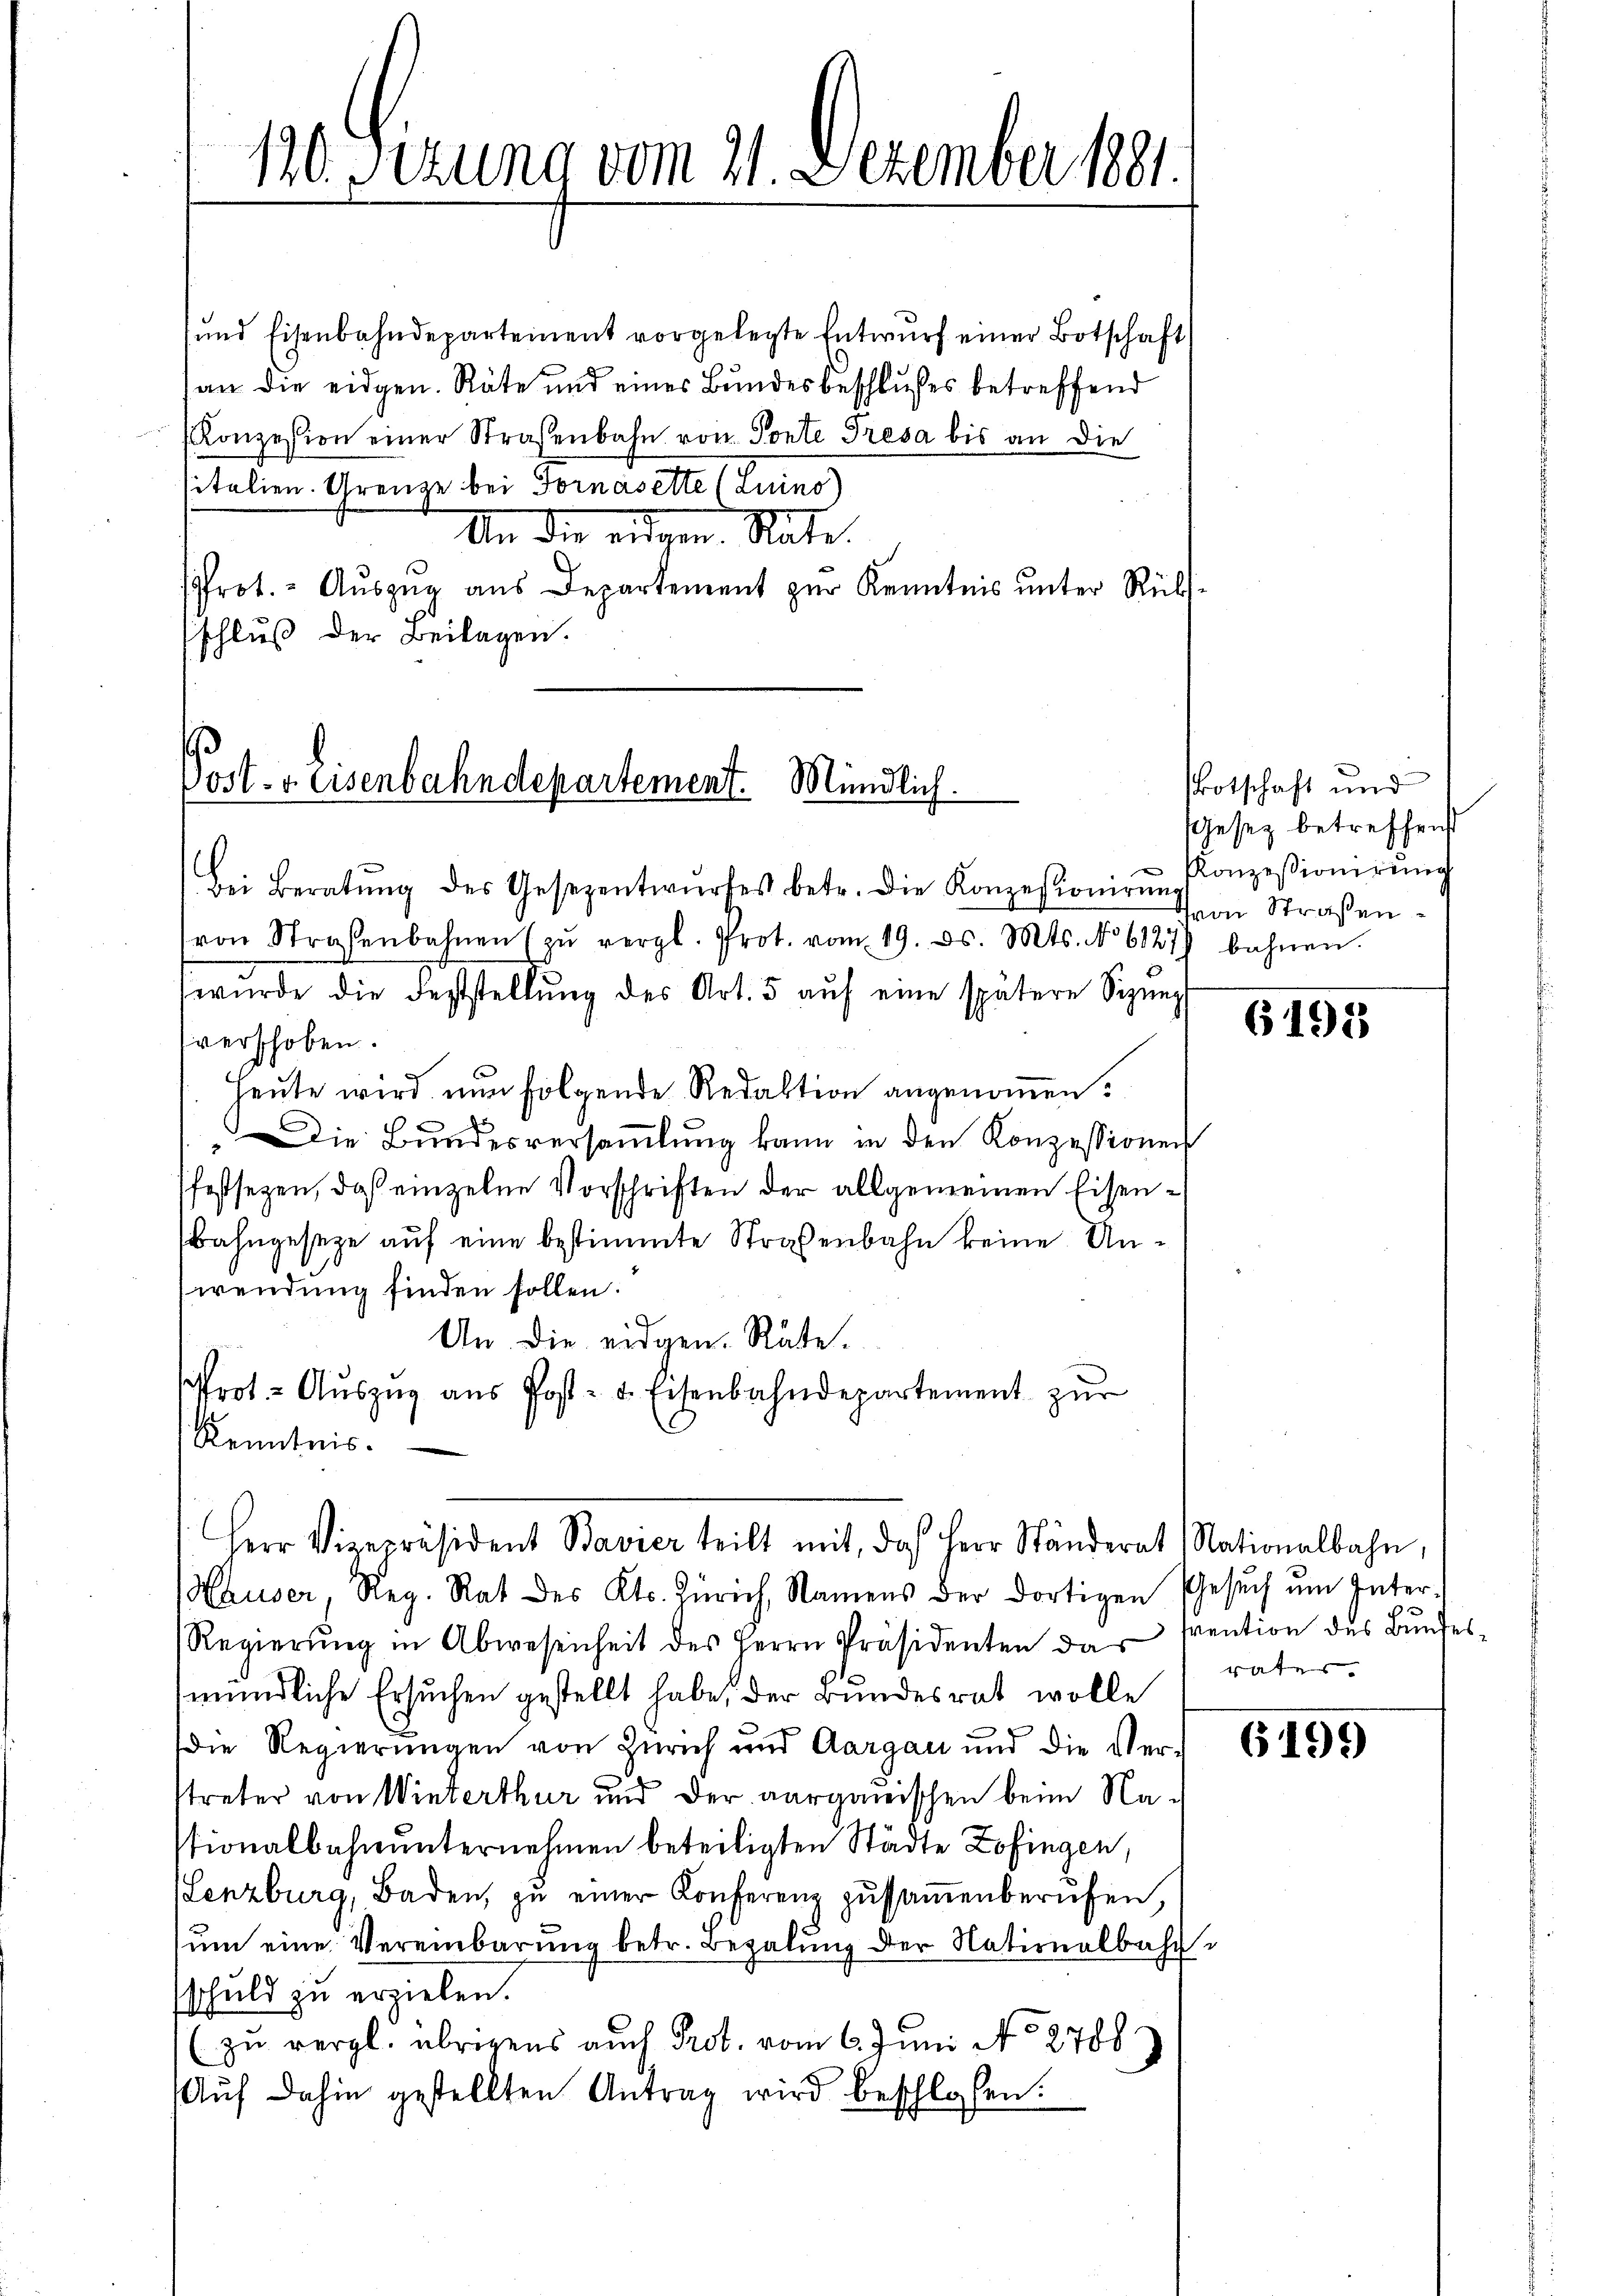
110. Sizung vom 21. Dezember 1891.
8

sund Eisenbahndepartement vorgelegte Entwŭrf einer Botschaft
an die eidgen. Räte und eines Bundesbeschlußes betreffend
onzession einer Straßenbahn von Ponte Tresa bis an die
sitalien. Grenze bei Fornasette (Luino)
An die augen. Rate.
rot. Auszug aus Departement zur Kenntnis unter Rücks
schluß der Beilagen.

Post. v. Eisenbahndepartement. Mündlich.

Bei Beratŭng des Gesezentwŭrfes betr. die Konzessionirung
(von Straßenbahnen zŭ vergl. Prot. vom 19. ds. Mts. No 6127) bahnen.
wurde die Feststellŭng des Art. 5 aŭf eine spätere Sizŭng
verschoben.
Heute wird nun folgende Redaktion angenoṁen.
Die Bundesversammlung kann in den Konzessionen
festsezen, daß einzelne Vorschriften der allgemeinen Eisen¬
Bahngeseze auf eine bestimmte Straßenbahn keine Unwendung finden sollen.
An die eidgen. Räte.
Prot. Aŭszŭg aŭs Post- u. Eisenbahndepartement zŭr
Kenntnis.
Hauser, Reg. Rat des Kts. Zürich, Namens der dortigen Gesŭch ŭm Inter-
Regierŭng in Abwesenheit des Herrn Präsidenten das Prention des Bŭndes-
mündliche Ersuchen gestellt habe, der Bundesrat wolle
die Regierungen von Zürich und Aargau und die Ver-
streter von Winterthur und der aarganischen beim Nastionalbahnunternehmen beteiligten Städte Zofingen,
Lenzburg, Baden, zŭ einer Konferenz zŭsaṁenberufen,
ŭm eine Vereinbarŭng betr. Bezalung der Nationalbahn
schuld zu erzielen.
(zu vergl. übrigens auch Prot. vom 6. Juni No 2788
Aŭf dahin gestellten Antrag wird beschlossen.

Herr Vizepräsident Bavier teilt mit, daß Herr Ständerat Nationalbahn,

Botschaft und
Gesetz betreffend
Konzessionirung
von Straßen.

6195

rates.

6199)